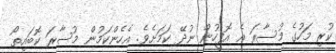
ކުރި މަހުގެ މުސާރަ އެ އޮފީހުން ނުދޭ ކަމަށެވެ. އެހެންކަމުން މުސާރަ ކޮބައިތޯ